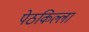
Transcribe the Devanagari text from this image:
पेठकिल्ला